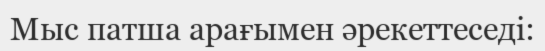
Мыс патша арағымен әрекеттеседі: